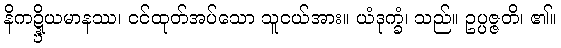
နိကဍ္ဍ္ဎိယမာနဿ၊ ငင်ထုတ်အပ်သော သူငယ်အား။ ယံဒုက္ခံ၊ သည်။ ဥပ္ပဇ္ဇတိ၊ ၏။